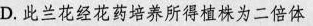
D.此兰花经花药培养所得植株为二倍体